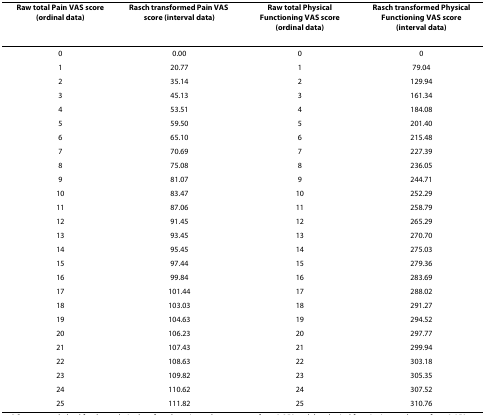
<table><thead><tr><td><b>Raw total Pain VAS score(ordinal data)</b></td><td><b>Rasch transformed Pain VAS score (interval data)</b></td><td><b>Raw total Physical Functioning VAS score(ordinal data)</b></td><td><b>Rasch transformed Physical Functioning VAS score(interval data)</b></td></tr></thead><tbody><tr><td>0</td><td>0.00</td><td>0</td><td>0</td></tr><tr><td>1</td><td>20.77</td><td>1</td><td>79.04</td></tr><tr><td>2</td><td>35.14</td><td>2</td><td>129.94</td></tr><tr><td>3</td><td>45.13</td><td>3</td><td>161.34</td></tr><tr><td>4</td><td>53.51</td><td>4</td><td>184.08</td></tr><tr><td>5</td><td>59.50</td><td>5</td><td>201.40</td></tr><tr><td>6</td><td>65.10</td><td>6</td><td>215.48</td></tr><tr><td>7</td><td>70.69</td><td>7</td><td>227.39</td></tr><tr><td>8</td><td>75.08</td><td>8</td><td>236.05</td></tr><tr><td>9</td><td>81.07</td><td>9</td><td>244.71</td></tr><tr><td>10</td><td>83.47</td><td>10</td><td>252.29</td></tr><tr><td>11</td><td>87.06</td><td>11</td><td>258.79</td></tr><tr><td>12</td><td>91.45</td><td>12</td><td>265.29</td></tr><tr><td>13</td><td>93.45</td><td>13</td><td>270.70</td></tr><tr><td>14</td><td>95.45</td><td>14</td><td>275.03</td></tr><tr><td>15</td><td>97.44</td><td>15</td><td>279.36</td></tr><tr><td>16</td><td>99.84</td><td>16</td><td>283.69</td></tr><tr><td>17</td><td>101.44</td><td>17</td><td>288.02</td></tr><tr><td>18</td><td>103.03</td><td>18</td><td>291.27</td></tr><tr><td>19</td><td>104.63</td><td>19</td><td>294.52</td></tr><tr><td>20</td><td>106.23</td><td>20</td><td>297.77</td></tr><tr><td>21</td><td>107.43</td><td>21</td><td>299.94</td></tr><tr><td>22</td><td>108.63</td><td>22</td><td>303.18</td></tr><tr><td>23</td><td>109.82</td><td>23</td><td>305.35</td></tr><tr><td>24</td><td>110.62</td><td>24</td><td>307.52</td></tr><tr><td>25</td><td>111.82</td><td>25</td><td>310.76</td></tr></tbody></table>